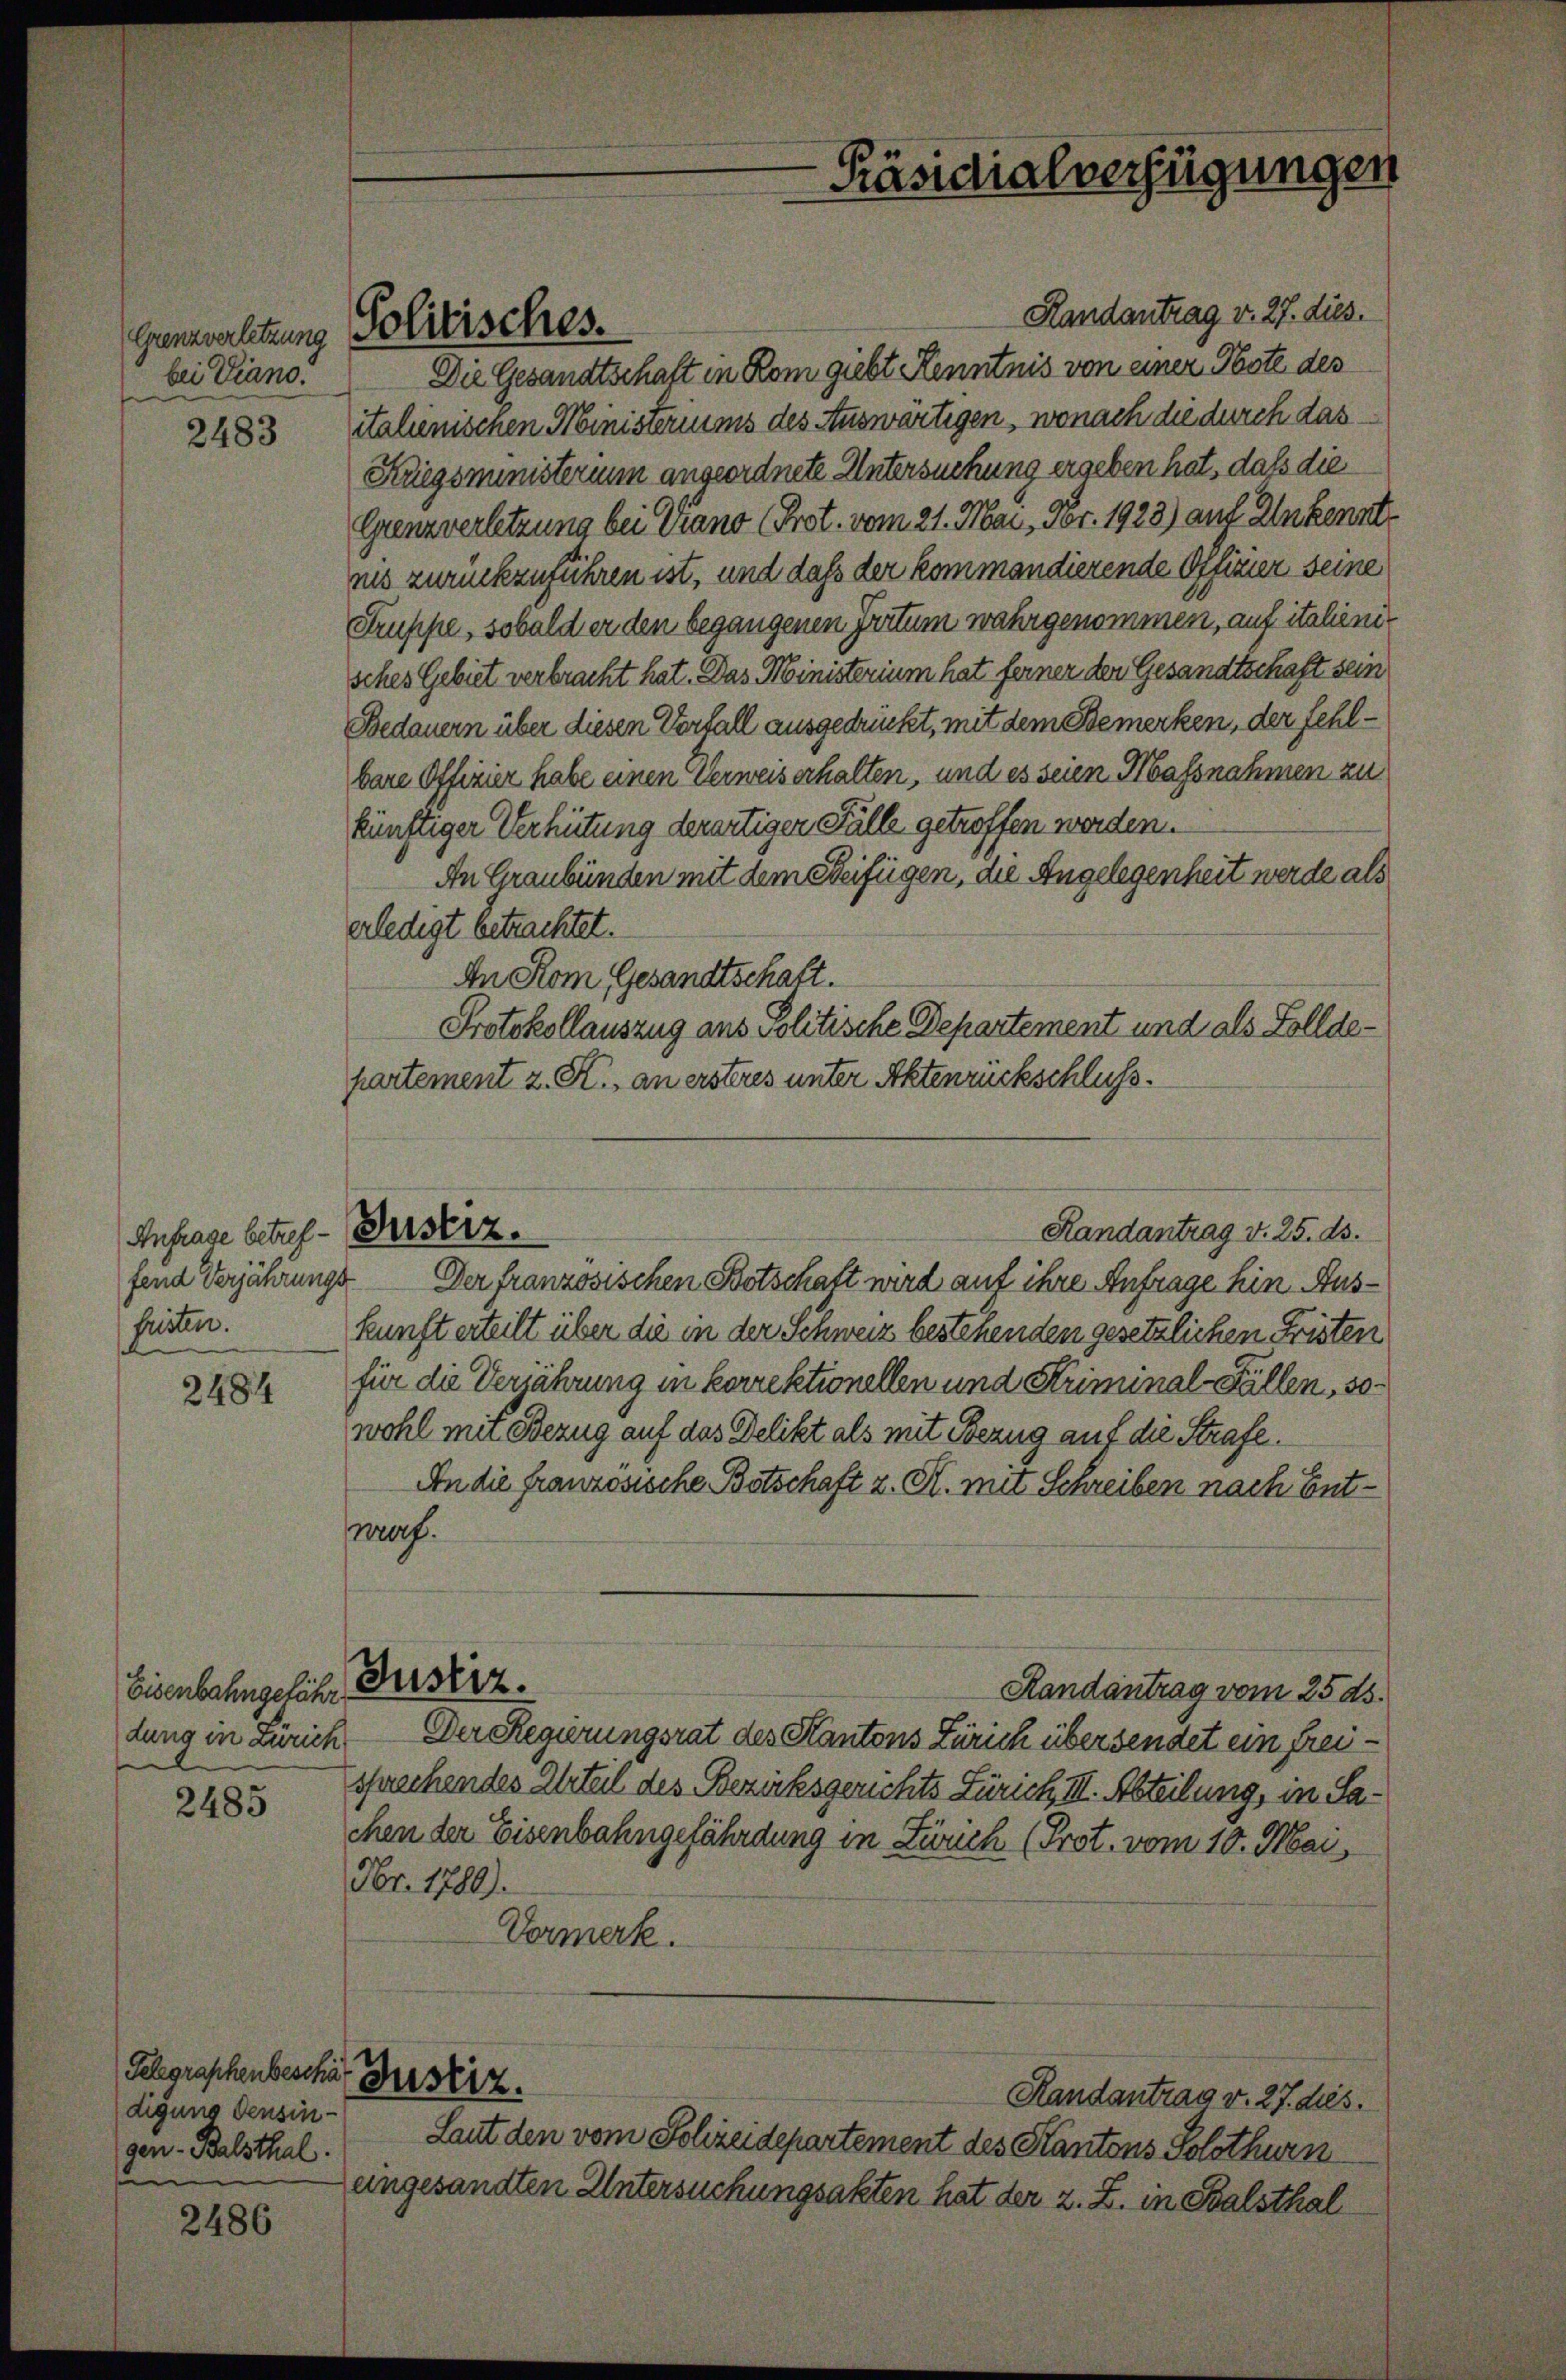
Grenzverletzung
bei Piano.

2483

2484

2485

2486

fend Verjährungs
husten.

Anfrage betref- Beiserz.

dung in Zürich

Gelegraphenbesche Gesetz
digung densingen - Balsthal.
n

Politisches.

Handantrag v. 27. dies.
Die Gesandtschaft in Rom giebt Kenntnis von einer Obste des
italienischen Ministeriums des Auswärtigen, wonach die durch das
Kriegsministerium angeordnete Untersuchung ergeben hat, daß die
Grenzverletzung bei Piano (Prot. vom 21. Mai, Fr. 1928) auf Unkenntnis zurückzuführen ist, und daß der kommandierende Offizier seine
Truppe, sobald er den begangenen Fritum wahrgenommen, auf italienisches Gebiet verbracht hat. Das Ministerium hat ferner den Gesandtschaft sein
Bedauern über diesen Vorfall ausgedrückt, mit dem Bemerken, der fehlbare Offizier habe einen Verweiserhalten, und es seien Massnahmen zu
künftiger Verhütung derartiger Fälle getroffen werden.
An Graubünden mit dem Beifügen, die Angelegenheit werde als
erledigt betrachtet.
An Rom Gesandtschaft.
Protokollauszug aus Politische Departement und als Folldepartement z. K., an ersteres unter Aktenrückschluss.
Der französischen Botschaft wird auf ihre Anfrage hin Auskunft erteilt über die in der Schweiz bestehenden gesetzlichen Fristen
für die Verjährung in korrektionellen und Kriminal-Fällen, 30
wohl mit Bezug auf das Delikt als mit Bezug auf die Strafe.
An die französische Botschaft z. R. mit Schreiben nach Entrorf.
Eisenbahngelicher Besserz.
Randantrag vom 25. ds.
Der Regierungsrat des Kantons Zürich übersendet ein freisprechendes Urteil des Bezirksgerichts Zürich III. Abteilung, in Sachen der Eisenbahngefährdung in Zürich (Prot. vom 10. Mai,
Fr. 1780).
Vormerk.
Randantrag v. 27. dies.
Laut den vom Schreidepartement des Kantons Solothurn
eingesandten Untersuchungsakten hat der z. Z. in For

-Präsidialverfügungen

Randantrag v. 25. ds.

6.